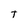
Character: T